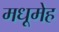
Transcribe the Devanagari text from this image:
मधूमेह